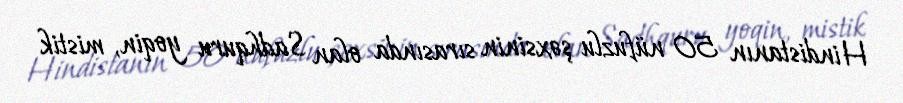
Hindistanın 50 nüfuzlu şəxsinin sırasında olan Sadhquru yoqin, mistik